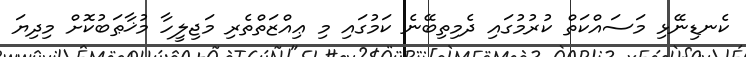
ކެނޑިނޭޅި މަސައްކަތް ކުރުމުގައި ދެމިތިބޭނެ ކަމުގައި މި ޢިއްޒަތްތެރި މަޖިލީހާ މުޚާޠަބުކޮށް މިދިޔަ